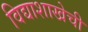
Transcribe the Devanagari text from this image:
विद्याशाखेची